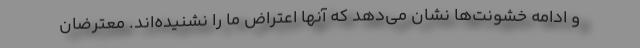
و ادامه خشونت‌ها نشان می‌دهد که آنها اعتراض ما را نشنیده‌اند. معترضان